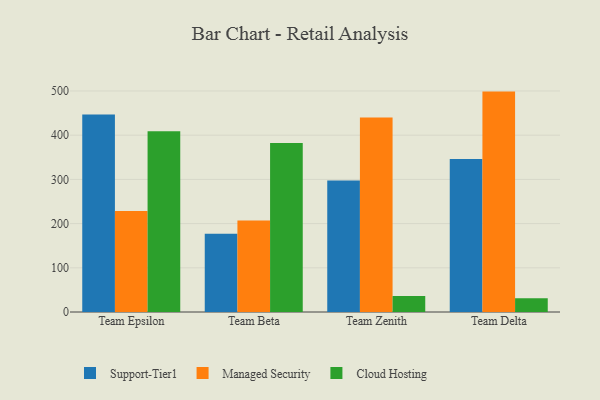
{"axis": {"x": "Team", "y": "Demand Index"}, "legend": ["Cloud Hosting", "Managed Security", "Support-Tier1"], "data": [{"x": "Team Epsilon", "y": 446.9, "type": "Support-Tier1"}, {"x": "Team Epsilon", "y": 228.7, "type": "Managed Security"}, {"x": "Team Epsilon", "y": 408.9, "type": "Cloud Hosting"}, {"x": "Team Beta", "y": 176.9, "type": "Support-Tier1"}, {"x": "Team Beta", "y": 206.8, "type": "Managed Security"}, {"x": "Team Beta", "y": 382.5, "type": "Cloud Hosting"}, {"x": "Team Zenith", "y": 297.6, "type": "Support-Tier1"}, {"x": "Team Zenith", "y": 439.9, "type": "Managed Security"}, {"x": "Team Zenith", "y": 36.0, "type": "Cloud Hosting"}, {"x": "Team Delta", "y": 346.1, "type": "Support-Tier1"}, {"x": "Team Delta", "y": 498.6, "type": "Managed Security"}, {"x": "Team Delta", "y": 31.3, "type": "Cloud Hosting"}]}